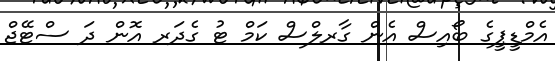
އެމްޑީޕީގެ ބޯއިސް އެން ގާރލްސް ކަމް ޓު ގެދަރ އޮން ދަ ސްޓޭޖް